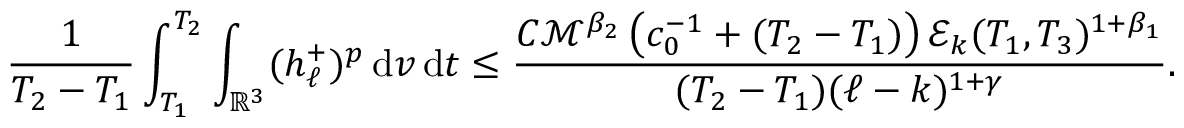
\frac { 1 } { T _ { 2 } - T _ { 1 } } \int _ { T _ { 1 } } ^ { T _ { 2 } } \int _ { \ensuremath { { \mathbb R } } ^ { 3 } } ( h _ { \ell } ^ { + } ) ^ { p } \, \mathrm { d } v \, \mathrm { d } t \le \frac { C \mathcal { M } ^ { \beta _ { 2 } } \left( c _ { 0 } ^ { - 1 } + ( T _ { 2 } - T _ { 1 } ) \right) \mathcal { E } _ { k } ( T _ { 1 } , T _ { 3 } ) ^ { 1 + \beta _ { 1 } } } { ( T _ { 2 } - T _ { 1 } ) ( \ell - k ) ^ { 1 + \gamma } } .